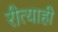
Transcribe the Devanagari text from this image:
रीत्याही